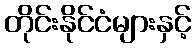
တိုင်းနိုင်ငံများနှင့်